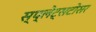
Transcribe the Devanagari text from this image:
स्प्लेट्सटोसर